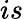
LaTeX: is